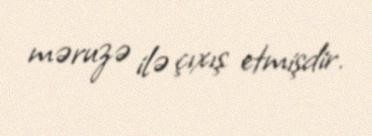
məruzə ilə çıxış etmişdir.